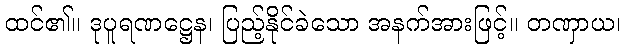
ထင်၏။ ဒုပူရဏဋ္ဌေန၊ ပြည့်နိုင်ခဲသော အနက်အားဖြင့်။ တဏှာယ၊